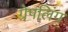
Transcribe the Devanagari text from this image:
ग्रेपलिंग